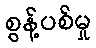
စွန့်ပစ်မှု